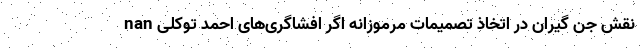
nan نقش جن‌ گیران در اتخاذ تصمیمات مرموزانه اگر افشاگری‌های احمد توکلی